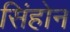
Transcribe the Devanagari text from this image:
सिंहोन